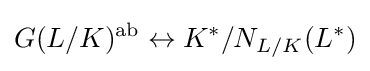
G(L/K)^{\mathrm {ab} }\leftrightarrow K^{*}/N_{L/K}(L^{*})